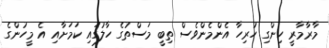
މާރާމާރީ ހިންގި ހުރިހާ އެންމެންވެސް ތިބީ މަސްތުގެ ހާލުގައި ކަމަށާއި އެ މީހުންގެ